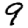
Digit: 9